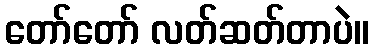
တော်တော် လတ်ဆတ်တာပဲ။